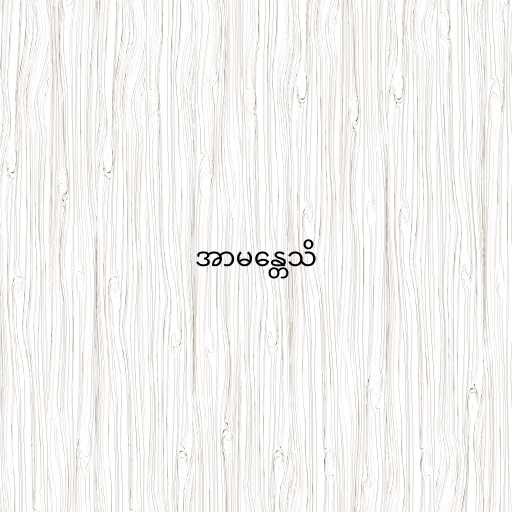
အာမန္တေသိ